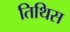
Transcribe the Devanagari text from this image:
तिथिस